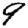
Digit: 9